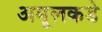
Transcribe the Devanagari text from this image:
अमूलकडे